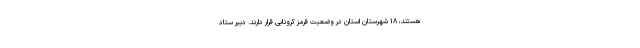
هستند، ۱۸ شهرستان استان در وضعیت قرمز کرونایی قرار دارند. دبیر ستاد